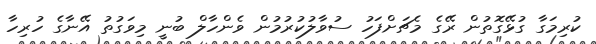
ކުރިމަގާ ގުޅޭގޮތުން ރޭގެ މެޗަށްފަހު ސުވާލުކުރުމުން ވެންހާލް ބުނީ މިވަގުތު އޭނާގެ ހުރިހާ